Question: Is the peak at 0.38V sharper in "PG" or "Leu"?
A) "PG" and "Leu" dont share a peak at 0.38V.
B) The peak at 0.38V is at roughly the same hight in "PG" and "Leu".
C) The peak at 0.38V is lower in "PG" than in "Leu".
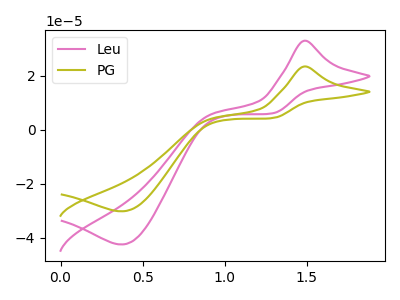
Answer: <think>The pink curve "Leu" has an anodic peak at (1.50V, 32.95uA) and a cathodic peak at (0.40V, -42.45uA). The olive curve "PG" has an anodic peak at (1.50V, 23.40uA) and a cathodic peak at (0.40V, -30.15uA).</think>
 <answer>C) The peak at 0.38V is lower in "PG" than in "Leu".</answer>
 <eval>C</eval>